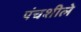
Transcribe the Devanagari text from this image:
पंचशीले